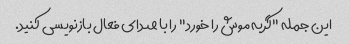
این جمله "گربه موش را خورد" را با صدای فعال بازنویسی کنید.